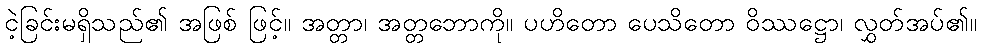
ငဲ့ခြင်းမရှိသည်၏ အဖြစ် ဖြင့်။ အတ္တာ၊ အတ္တဘောကို။ ပဟိတော ပေသိတော ဝိဿဋ္ဌော၊ လွှတ်အပ်၏။